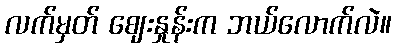
လက်မှတ် ဈေးနှုန်းက ဘယ်လောက်လဲ။